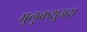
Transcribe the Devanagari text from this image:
मुलुकशुअरा